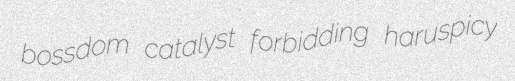
bossdom catalyst forbidding haruspicy